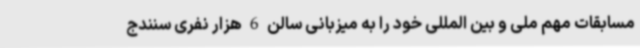
مسابقات مهم ملی و بین المللی خود را به میزبانی سالن 6 هزار نفری سنندج